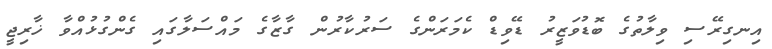
އިނގިރޭސި ވިލާތުގެ ބޮޑުވަޒީރު ޑޭވިޑް ކެމަރަންގެ ސަރުކާރުން ގާޒާގެ މައްސަލާގައި ގެންގުޅުއްވާ ޚާރިޖީ